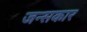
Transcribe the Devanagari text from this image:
जन्सकार